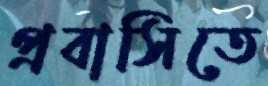
প্রবাসিতে